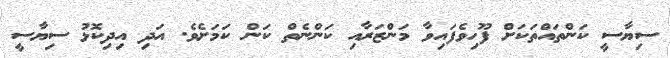
ސިޔާސީ ކަންތައްތަކަށް ފޫހިވެފައިވާ މަންޒަރާއި ކަންނެތް ކަން ކަމަށެވެ. އަދި އިދިކޮޅު ސިޔާސީ